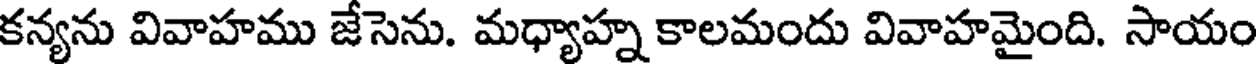
కన్యను వివాహము జేసెను. మధ్యాహ్న కాలమందు వివాహమైంది. సాయం